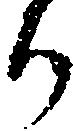
ち